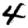
Digit: 4